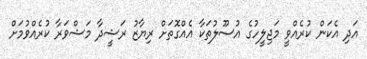
އަދި އެކަން ކުރެއްވީ މަޖިލީހުގެ އުސޫލުތަކާ އެއްގޮތަށް ރިޔާޒު ރަޝީދާ މަޝްވަރާ ކުރެއްވުމަށް